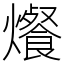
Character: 爘